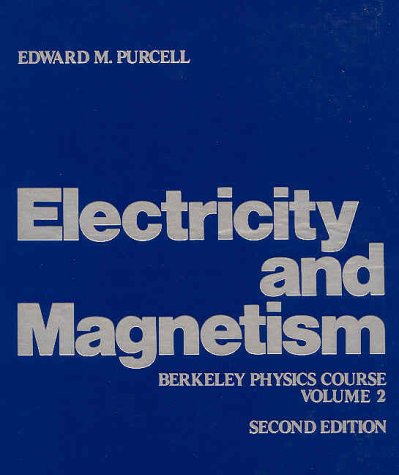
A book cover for Electricity and Magnetism (Berkeley Physics Course, Vol. 2); Edward M. Purcell; Science & Math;